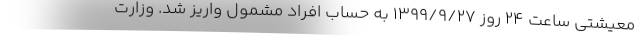
معیشتی ساعت ۲۴ روز ۱۳۹۹/۹/۲۷ به حساب افراد مشمول واریز شد. وزارت